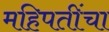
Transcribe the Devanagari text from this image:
महिपतींचा